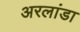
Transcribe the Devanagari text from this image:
अरलांडा